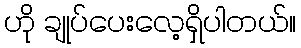
ဟို ချုပ်ပေးလေ့ရှိပါတယ်။